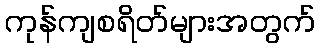
ကုန်ကျစရိတ်များအတွက်